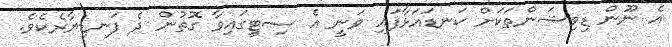
އެ ނޫން ޑިވިޝަންތަކަށް ކަނޑައަޅާފައި ވަނީ އެ ސިޓީގައިވާ ގޮތުން ދެ ފަނޑިޔާރެކެވެ.